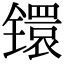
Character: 镮